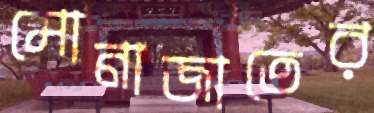
মোনাজাতের